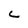
Character: C